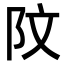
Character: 𫔻